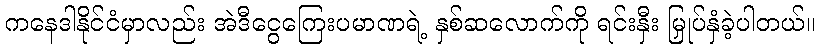
ကနေဒါနိုင်ငံမှာလည်း အဲဒီငွေကြေးပမာဏရဲ့ နှစ်ဆလောက်ကို ရင်းနှီး မြှုပ်နှံခဲ့ပါတယ်။